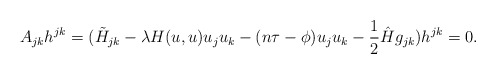
\begin{align*}A_{jk}h^{jk}=({\tilde H}_{jk}-\lambda H(u,u)u_ju_k-(n\tau-\phi)u_ju_k-\frac{1}{2}\hat{H}g_{jk})h^{jk}=0.\end{align*}